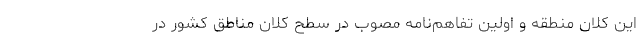
این کلان منطقه و اولین تفاهم‌نامه مصوب در سطح کلان مناطق کشور در